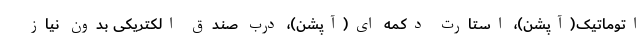
اتوماتیک(آپشن)، استارت دکمه ای(آپشن)، درب صندق الکتریکی بدون نیاز